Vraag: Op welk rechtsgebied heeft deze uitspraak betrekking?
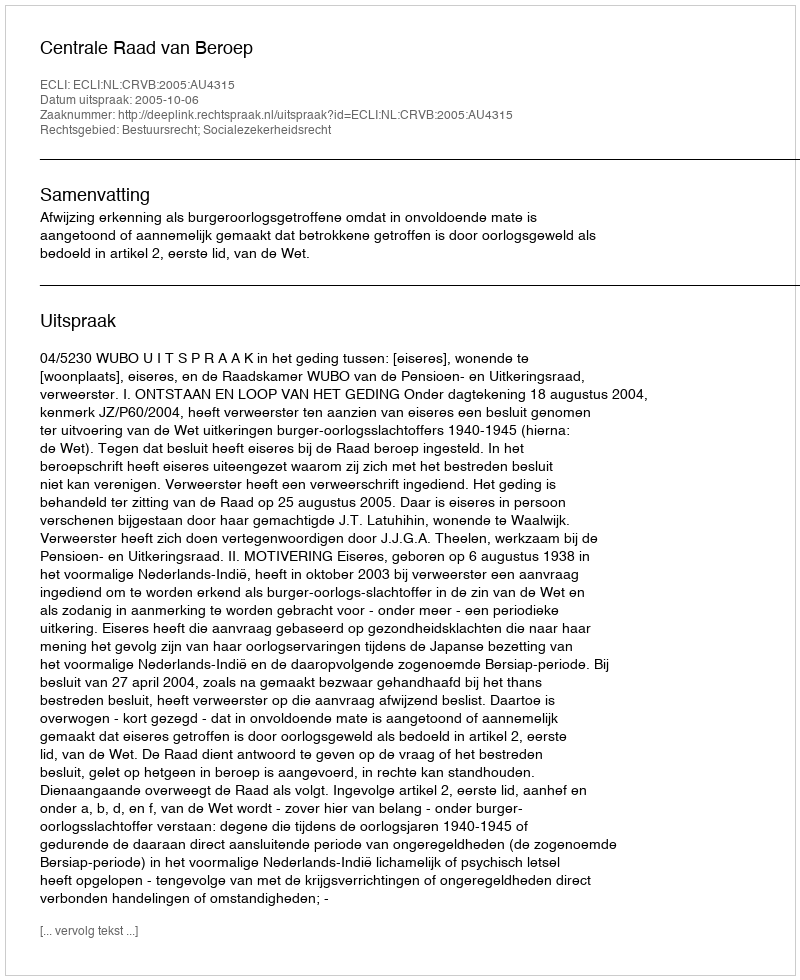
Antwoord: Bestuursrecht; Socialezekerheidsrecht